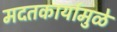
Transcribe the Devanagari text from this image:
मदतकार्यामुळे